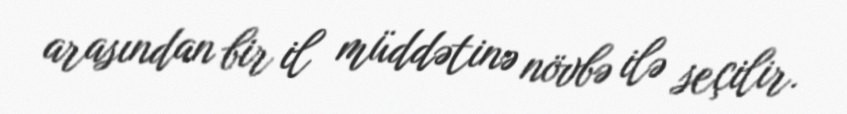
arasından bir il müddətinə növbə ilə seçilir.